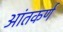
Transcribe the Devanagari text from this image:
आंतकर्ण